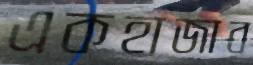
একহাজার